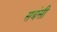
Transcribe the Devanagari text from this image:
सबंसी